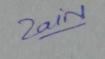
Signature authenticity: genuine